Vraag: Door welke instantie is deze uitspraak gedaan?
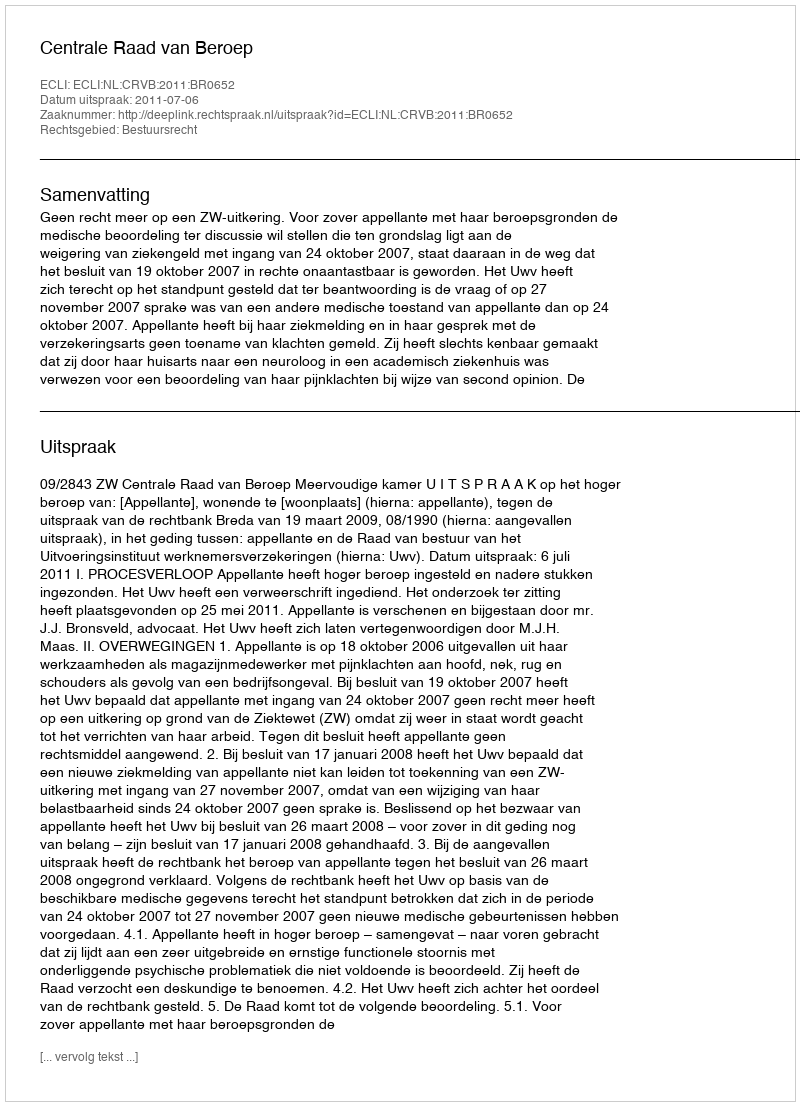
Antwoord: Centrale Raad van Beroep